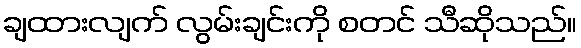
ချထားလျက် လွမ်းချင်းကို စတင် သီဆိုသည်။